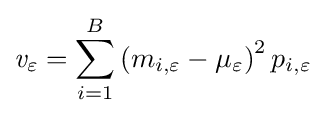
{\mathit {v}}_{\varepsilon }=\sum _{i=1}^{B}{\left(m_{i,\varepsilon }-\mu _{\varepsilon }\right)^{2}p_{i,\varepsilon }}